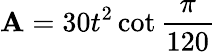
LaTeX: \mathbf{A}=30t^{2}\cot{\frac{{\pi}}{{120}}}